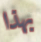
بهذا